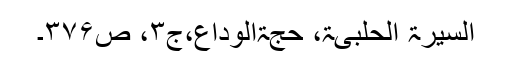
السیرۃ الحلبیۃ، حجۃالوداع،ج۳، ص۳۷۶۔